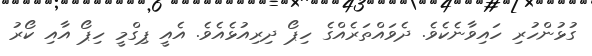
ގުޅުންހުރި ހައިވާނެކެވެ. ދެވައްތަރެއްގެ ހިޕޯ ދިރިއުޅެއެވެ. އެއީ ޕިގްމީ ހިޕޯ އާއި ކޯރު